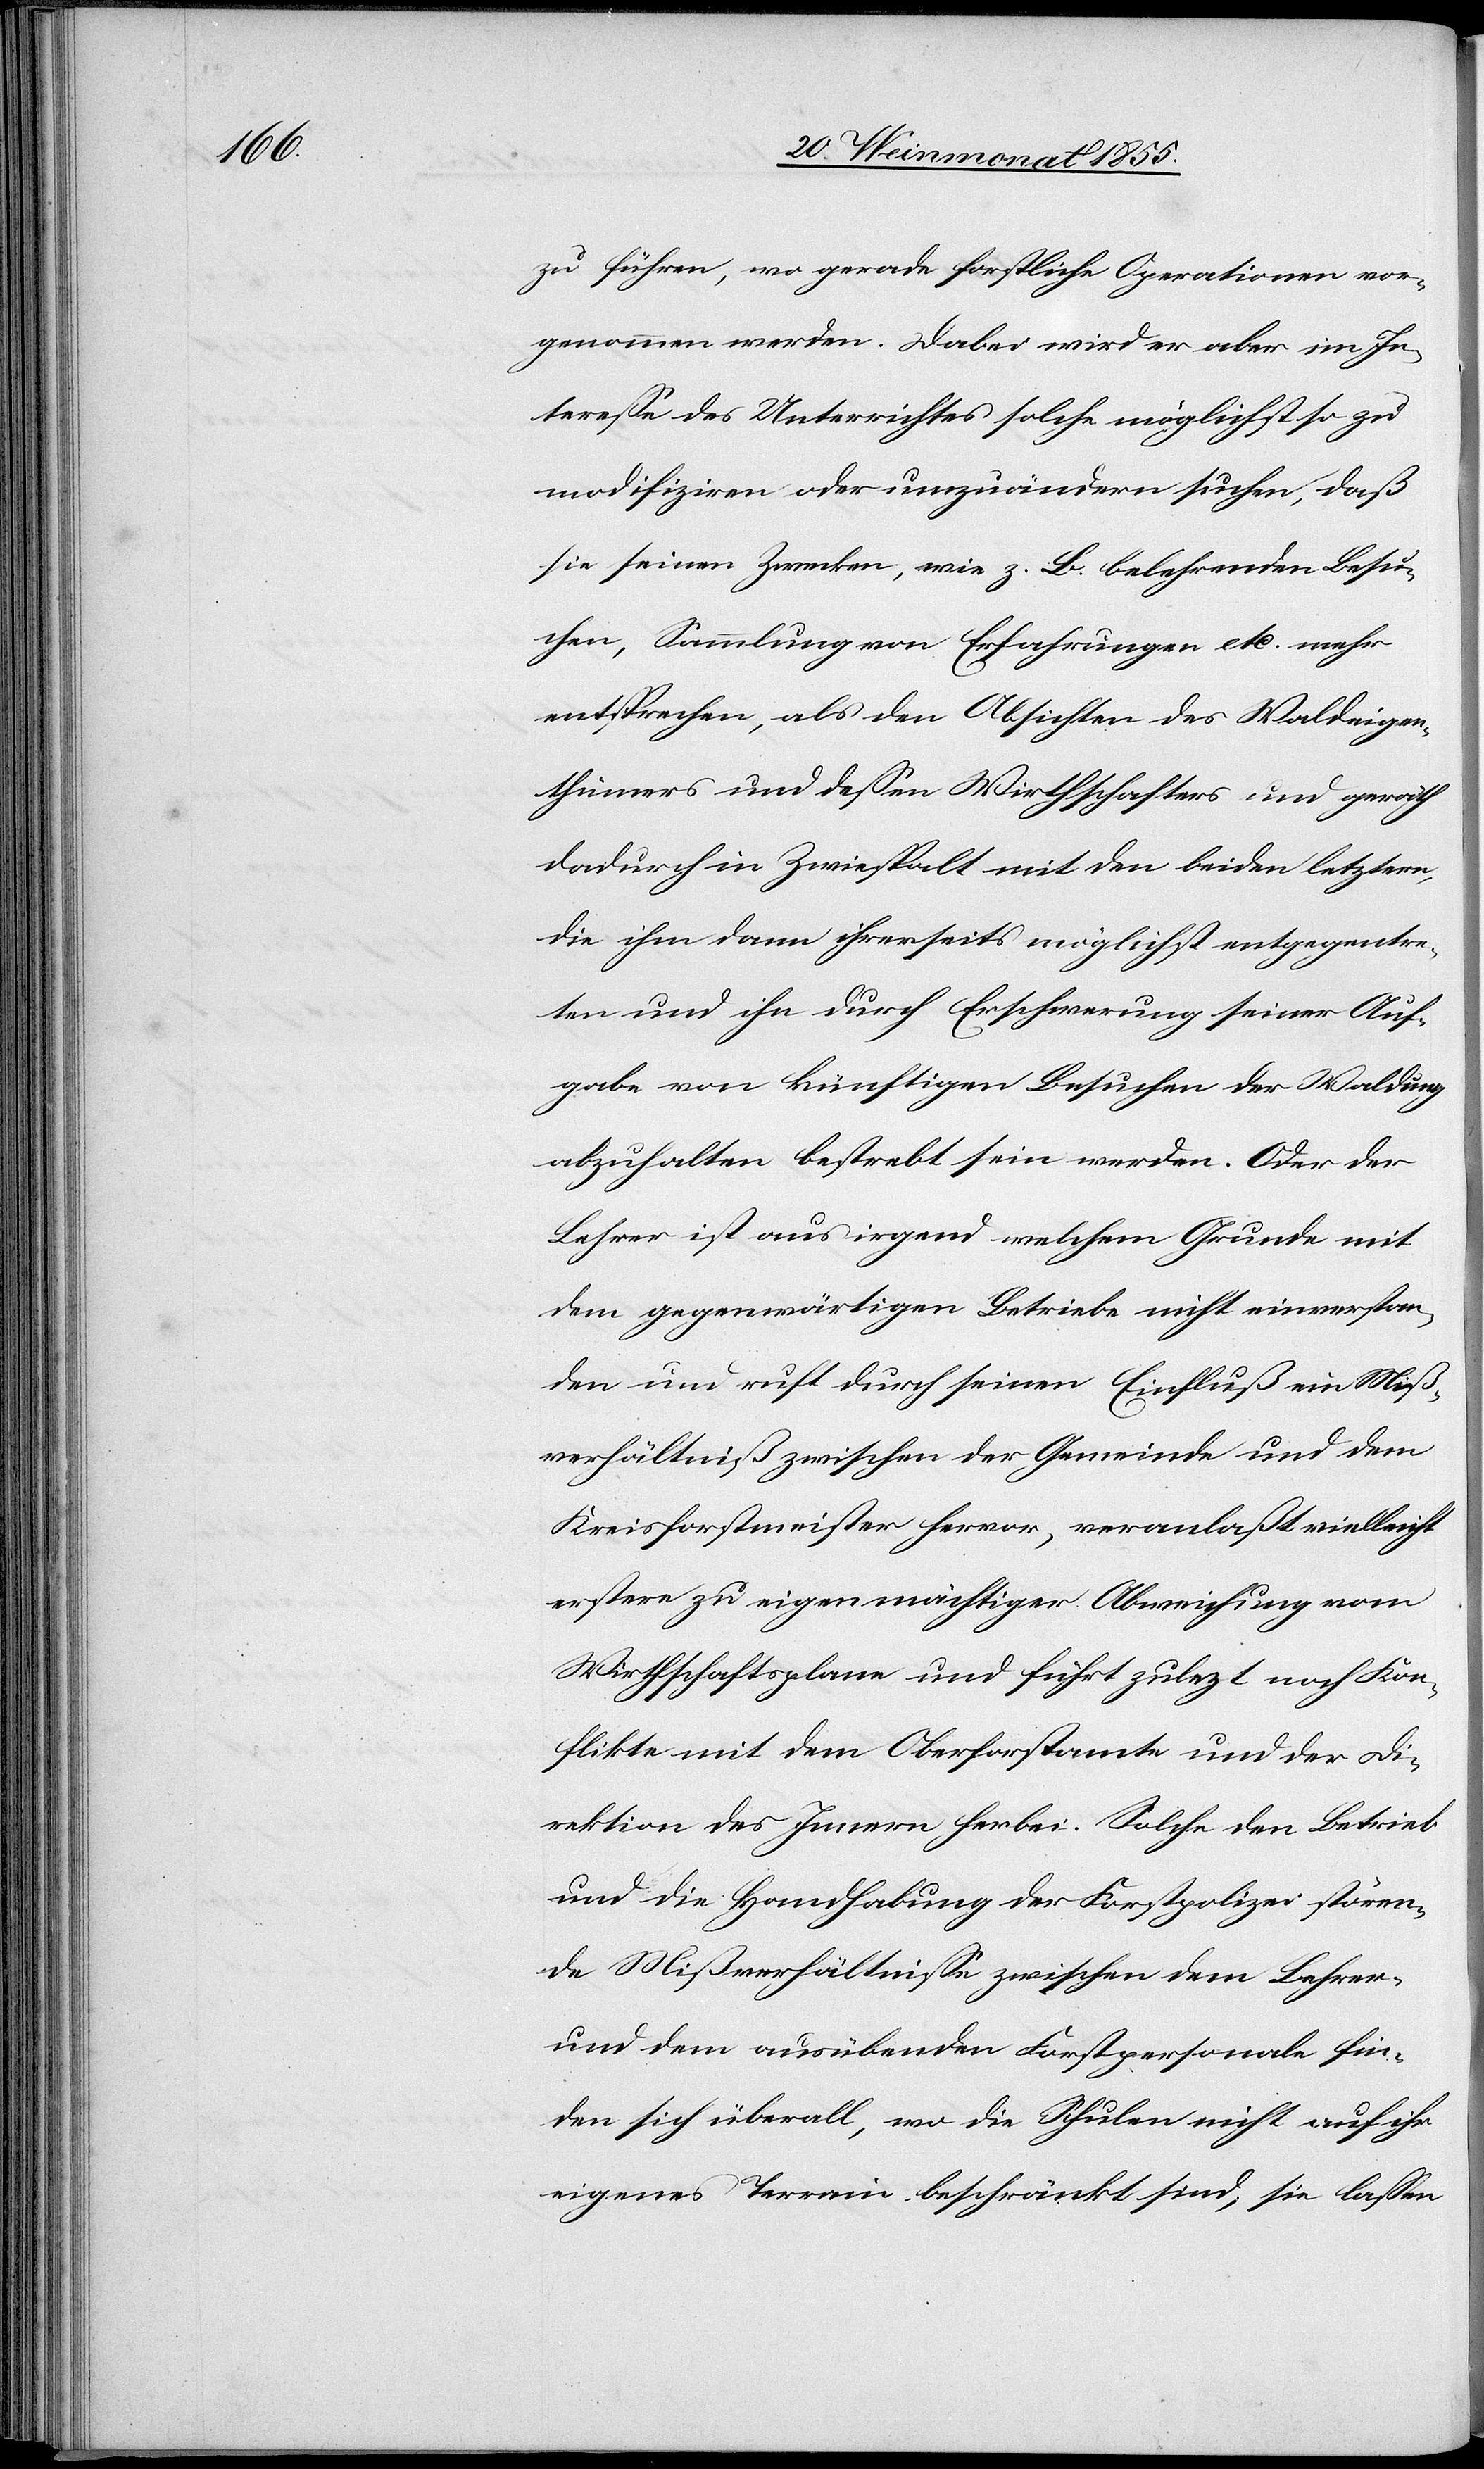
zu führen, wo gerade forstliche Operationen vor¬
genommen werden. Dabei wird er aber im In¬
teresse des Unterrichtes solche möglichst so zu
modifiziren oder umzuändern suchen, daß
sie seinen Zwecken, wie z. B. belehrenden Besu¬
chen, Sammlung von Erfahrungen etc. mehr
entsprechen, als den Absichten des Waldeigen¬
thümers und dessen Wirthschafters und geräth
dadurch in Zwiespalt mit den beiden letztern,
die ihm dann ihrerseits möglichst entgegentre¬
ten und ihn durch Erschwerung seiner Auf¬
gabe von künftigen Besuchen der Waldung
abzuhalten bestrebt sein werden. Oder der
Lehrer ist aus irgend welchem Grunde mit
dem gegenwärtigen Betriebe nicht einverstan¬
den und ruft durch seinen Einfluß ein Miß¬
verhältniß zwischen der Gemeinde und dem
Kreisforstmeister hervor, veranlaßt vielleicht
erstere zu eigenmächtiger Abweichung vom
Wirthschaftsplane und führt zule[t]zt noch Kon¬
flikte mit dem Oberforstamte und der Di¬
rektion des Innern herbei. Solche den Betrieb
und die Handhabung der Forstpolizei stören¬
de Mißverhältnisse zwischen dem Lehrer-
und dem ausübenden Forstpersonale fin¬
den sich überall, wo die Schulen nicht auf ihr
eigenes Terrain beschränkt sind; sie lassen